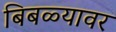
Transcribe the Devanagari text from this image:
बिबळ्यावर